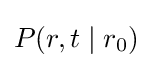
P(r,t\mid r_{0})